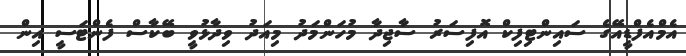
އެމްއެފްޑީއޭގެ ސައިންޓިފިކް އޮފިސަރު ސާޖިދާ މުހަންމަދު މިއަދު ވިދާޅުވީ ބޭކާސް ފެންޓަސީ އިން